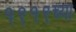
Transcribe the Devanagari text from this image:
१९१९च्या